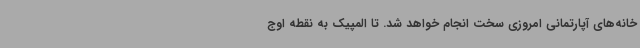
خانه‌های آپارتمانی امروزی سخت انجام خواهد شد. تا المپیک به نقطه اوج